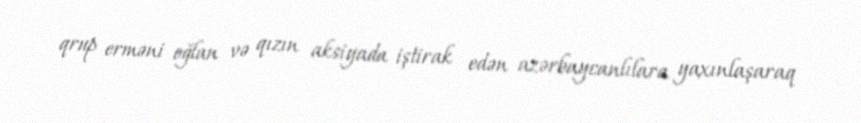
qrup erməni oğlan və qızın aksiyada iştirak edən azərbaycanlılara yaxınlaşaraq